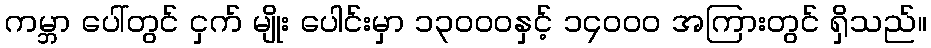
ကမ္ဘာ ပေါ်တွင် ငှက် မျိုး ပေါင်းမှာ ၁၃၀၀၀နှင့် ၁၄၀၀၀ အကြားတွင် ရှိသည်။